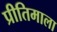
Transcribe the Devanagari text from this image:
प्रीतिमाला